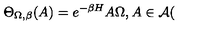
\Theta _ { \Omega , \beta } ( A ) = e ^ { - \beta H } A \Omega , A \in \mathcal { A } (